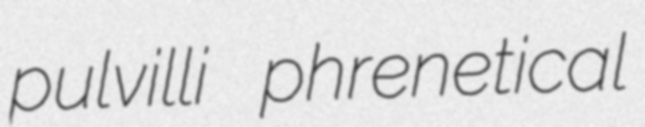
pulvilli phrenetical